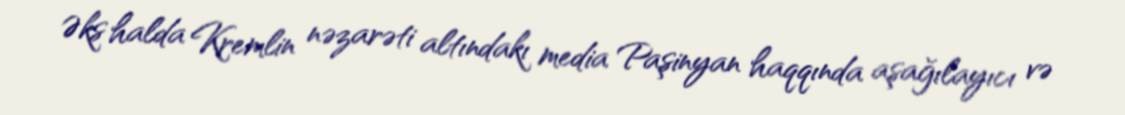
Əks halda Kremlin nəzarəti altındakı media Paşinyan haqqında aşağılayıcı və